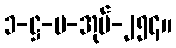
၁-ဋ္ဌ-ပ-အုပ်-၂၅၄။